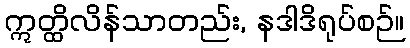
ဣတ္ထိလိန်သာတည်း, နဒါဒိရုပ်စဉ်။